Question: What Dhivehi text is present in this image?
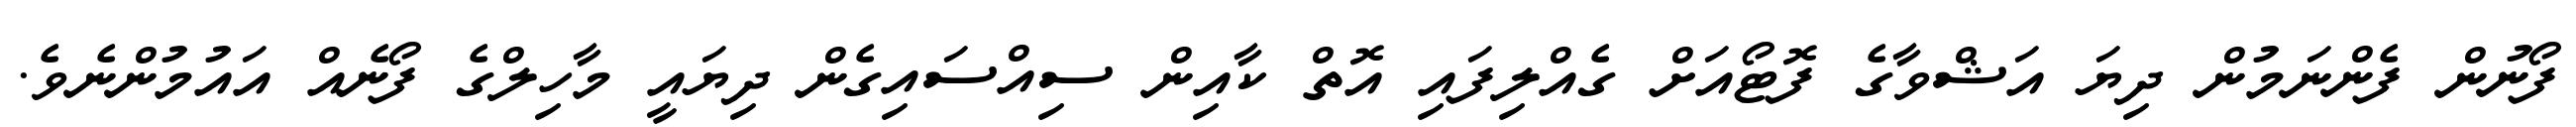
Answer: ފޯނުން ފެންނަމުން ދިޔަ އަޝްވާގެ ފޮޓޯއަށް ގެއްލިފައި އޮތް ކާއިން ސިއްސައިގެން ދިޔައީ މާހިލްގެ ފޯނެއް އައުމުންނެވެ.